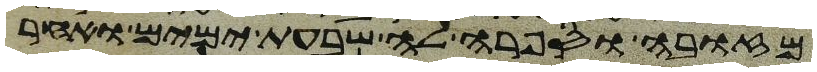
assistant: מזובה וספרה לה שבעת ימים ואחר